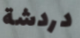
دردشة